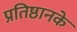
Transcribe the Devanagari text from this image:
प्रतिष्ठानके